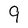
Character: 9